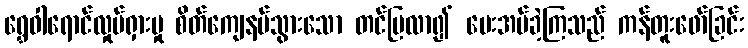
ရွှေဝါရောင်လှုပ်ရှားမှု စိတ်ကျေနပ်သွားသော တင်ပြလာ၍ ပေးအပ်ခဲ့ကြသည် ကန်တူးဖော်ခြင်း